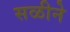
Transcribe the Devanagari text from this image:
सळीने